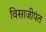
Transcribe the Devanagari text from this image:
विसाजीपंत